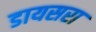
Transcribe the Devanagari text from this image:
डायसरा